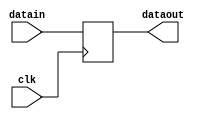
`timescale 1ns / 1ps
module DR(
    input clk,
    input [31:0] datain,
    output reg [31:0] dataout
    );
    initial begin
        dataout <= 0;
    end
    always @(posedge clk) begin
        dataout <= datain;
    end
endmodule